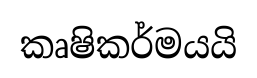
කෘෂිකර්මයයි